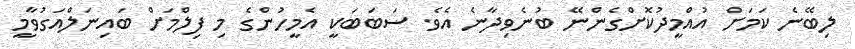
ލިބޭނެ ކަމަށް އުއްމީދުކޮށްގެންނޭ ބުނެވިދާނެ އެވެ. ސަބަބަކީ އެމީހުންގެ މި ފިލްމަށް ބައިނަލްއަގުވާމީ